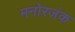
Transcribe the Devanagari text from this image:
मनोरजंक